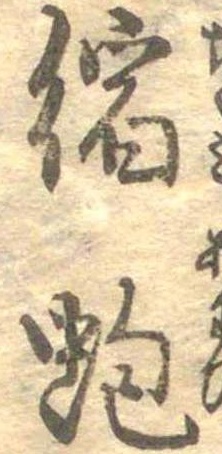
縮蚫